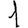
Digit: 1